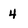
Character: 4